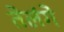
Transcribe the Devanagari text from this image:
तेलंगे